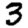
Digit: 3